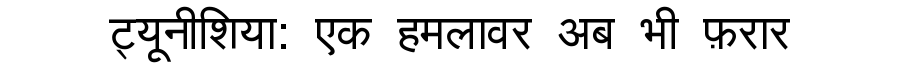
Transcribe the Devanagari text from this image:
ट्यूनीशिया: एक हमलावर अब भी फ़रार